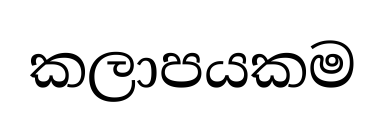
කලාපයකම